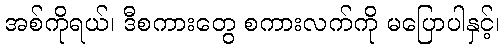
အစ်ကိုရယ်၊ ဒီစကားတွေ စကားလက်ကို မပြောပါနှင့်၊